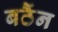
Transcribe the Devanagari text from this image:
बठैंन